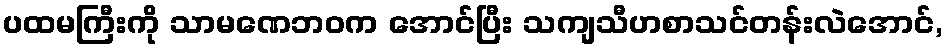
ပထမကြီးကို သာမဏေဘဝက အောင်ပြီး သကျသီဟစာသင်တန်းလဲအောင်,